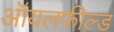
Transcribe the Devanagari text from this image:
ऑयलफील्ड